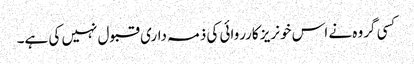
کسی گروہ نے اس خونریز کارروائی کی ذمہ داری قبول نہیں کی ہے۔